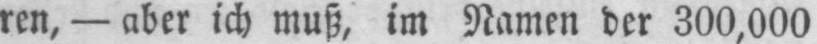
ren, - aber ich muß, im Namen der 300,000